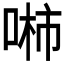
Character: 𱓖